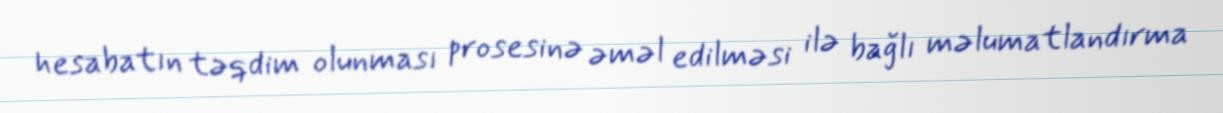
hesabatın təqdim olunması prosesinə əməl edilməsi ilə bağlı məlumatlandırma